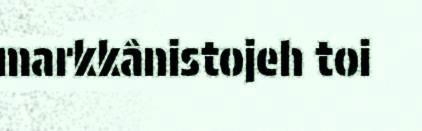
markkânistojeh toi